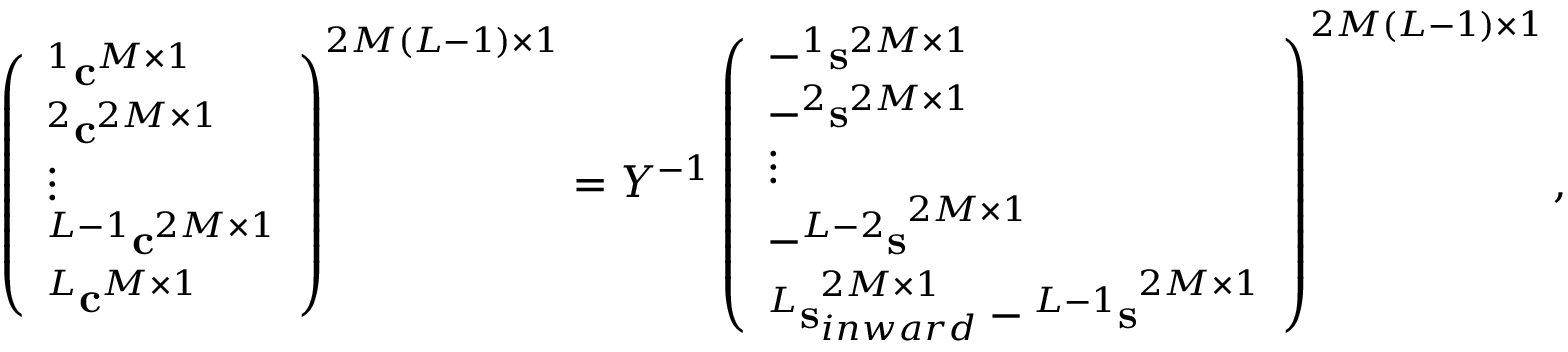
\begin{array} { r } { \left( \begin{array} { l } { ^ 1 { \bf c } ^ { M \times 1 } } \\ { ^ 2 { \bf c } ^ { 2 M \times 1 } } \\ { \vdots } \\ { ^ { L - 1 } { \bf c } ^ { 2 M \times 1 } } \\ { ^ { L } { \bf c } ^ { M \times 1 } } \end{array} \right) ^ { 2 M ( L - 1 ) \times 1 } = { \cal Y } ^ { - 1 } \left( \begin{array} { l } { - ^ { 1 } { \bf s } ^ { 2 M \times 1 } } \\ { - ^ { 2 } { \bf s } ^ { 2 M \times 1 } } \\ { \vdots } \\ { - { ^ { L - 2 } { \bf s } } ^ { 2 M \times 1 } } \\ { { ^ L { \bf s } } _ { i n w a r d } ^ { 2 M \times 1 } - { ^ { L - 1 } { \bf s } } ^ { 2 M \times 1 } } \end{array} \right) ^ { 2 M ( L - 1 ) \times 1 } , } \end{array}